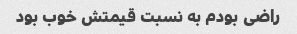
راضی بودم به نسبت قیمتش خوب بود